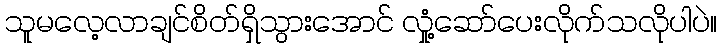
သူမလေ့လာချင်စိတ်ရှိသွားအောင် လှုံ့ဆော်ပေးလိုက်သလိုပါပဲ။